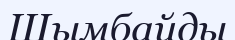
Шымбайды